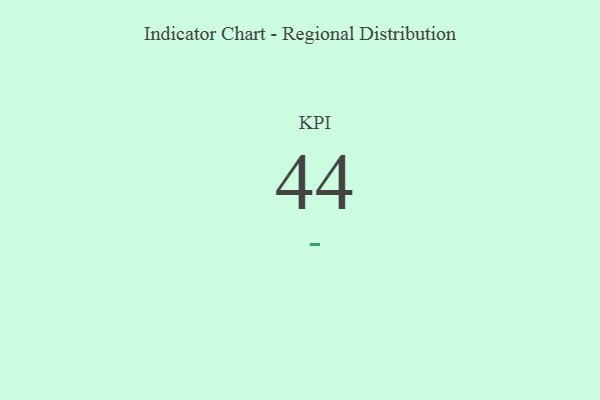
{"axis": {"x": "KPI", "y": "Value"}, "legend": [""], "data": [{"x": "KPI", "y": 44, "type": ""}]}